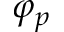
\varphi _ { p }